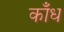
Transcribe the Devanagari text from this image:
काँध